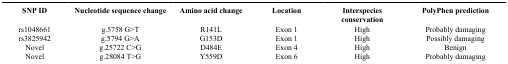
<table><thead><tr><td><b>SNP ID</b></td><td><b>Nucleotide sequence change</b></td><td><b>Amino acid change</b></td><td><b>Location</b></td><td><b>Interspecies conservation</b></td><td><b>PolyPhen prediction</b></td></tr></thead><tbody><tr><td>rs1048661</td><td>g.5758 G&gt;T</td><td>R141L</td><td>Exon 1</td><td>High</td><td>Probably damaging</td></tr><tr><td>rs3825942</td><td>g.5794 G&gt;A</td><td>G153D</td><td>Exon 1</td><td>High</td><td>Possibly damaging</td></tr><tr><td>Novel</td><td>g.25722 C&gt;G</td><td>D484E</td><td>Exon 4</td><td>High</td><td>Benign</td></tr><tr><td>Novel</td><td>g.28084 T&gt;G</td><td>Y559D</td><td>Exon 6</td><td>High</td><td>Probably damaging</td></tr></tbody></table>